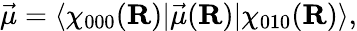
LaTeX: \vec{\mu}=\langle\chi_{000}(\mathbf{R})|\vec{\mu}(\mathbf{R})|\chi_{010}(\mathbf{R})\rangle,